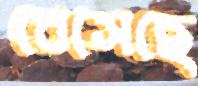
বেসেছে